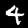
Digit: 4